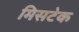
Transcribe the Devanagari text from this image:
मिसटेक